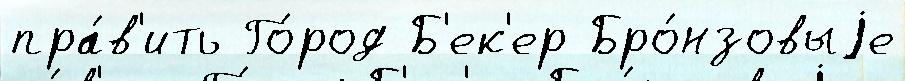
пра́в'ить Го́род Б'ек'ер Бро́нзовыjе